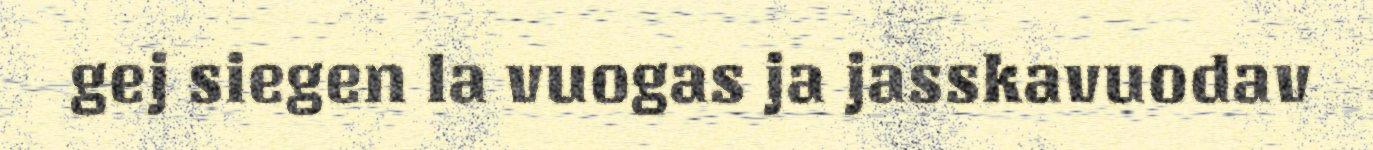
gej siegen la vuogas ja jasskavuodav